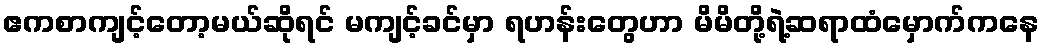
ဧကစာကျင့်တော့မယ်ဆိုရင် မကျင့်ခင်မှာ ရဟန်းတွေဟာ မိမိတို့ရဲ့ဆရာထံမှောက်ကနေ